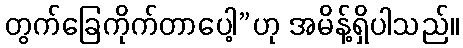
တွက်ခြေကိုက်တာပေါ့”ဟု အမိန့်ရှိပါသည်။